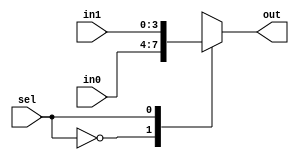
`timescale 1ns / 1ps
//////////////////////////////////////////////////////////////////////////////////


module mux(
           input [3:0] in0,
           input [3:0] in1,
           input sel,
           output reg [3:0] out
    );
    
    always@(*)
    begin
    case(sel)
    0:
    begin
    out=in0;
    end
    1:
    begin
    out=in1;
    end
    
    endcase
    
    end
    
    
    
    
endmodule